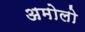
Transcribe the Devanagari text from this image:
अमोलो